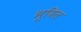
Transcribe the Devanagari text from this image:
भूविल